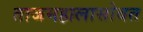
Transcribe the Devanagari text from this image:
ताजमहालासोबत